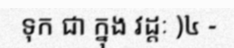
ទុក ជា ក្នុង វដ្តៈ )៤ -